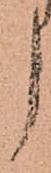
う